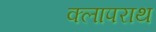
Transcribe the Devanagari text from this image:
क्लापराथ